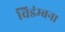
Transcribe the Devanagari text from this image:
विडंम्बना